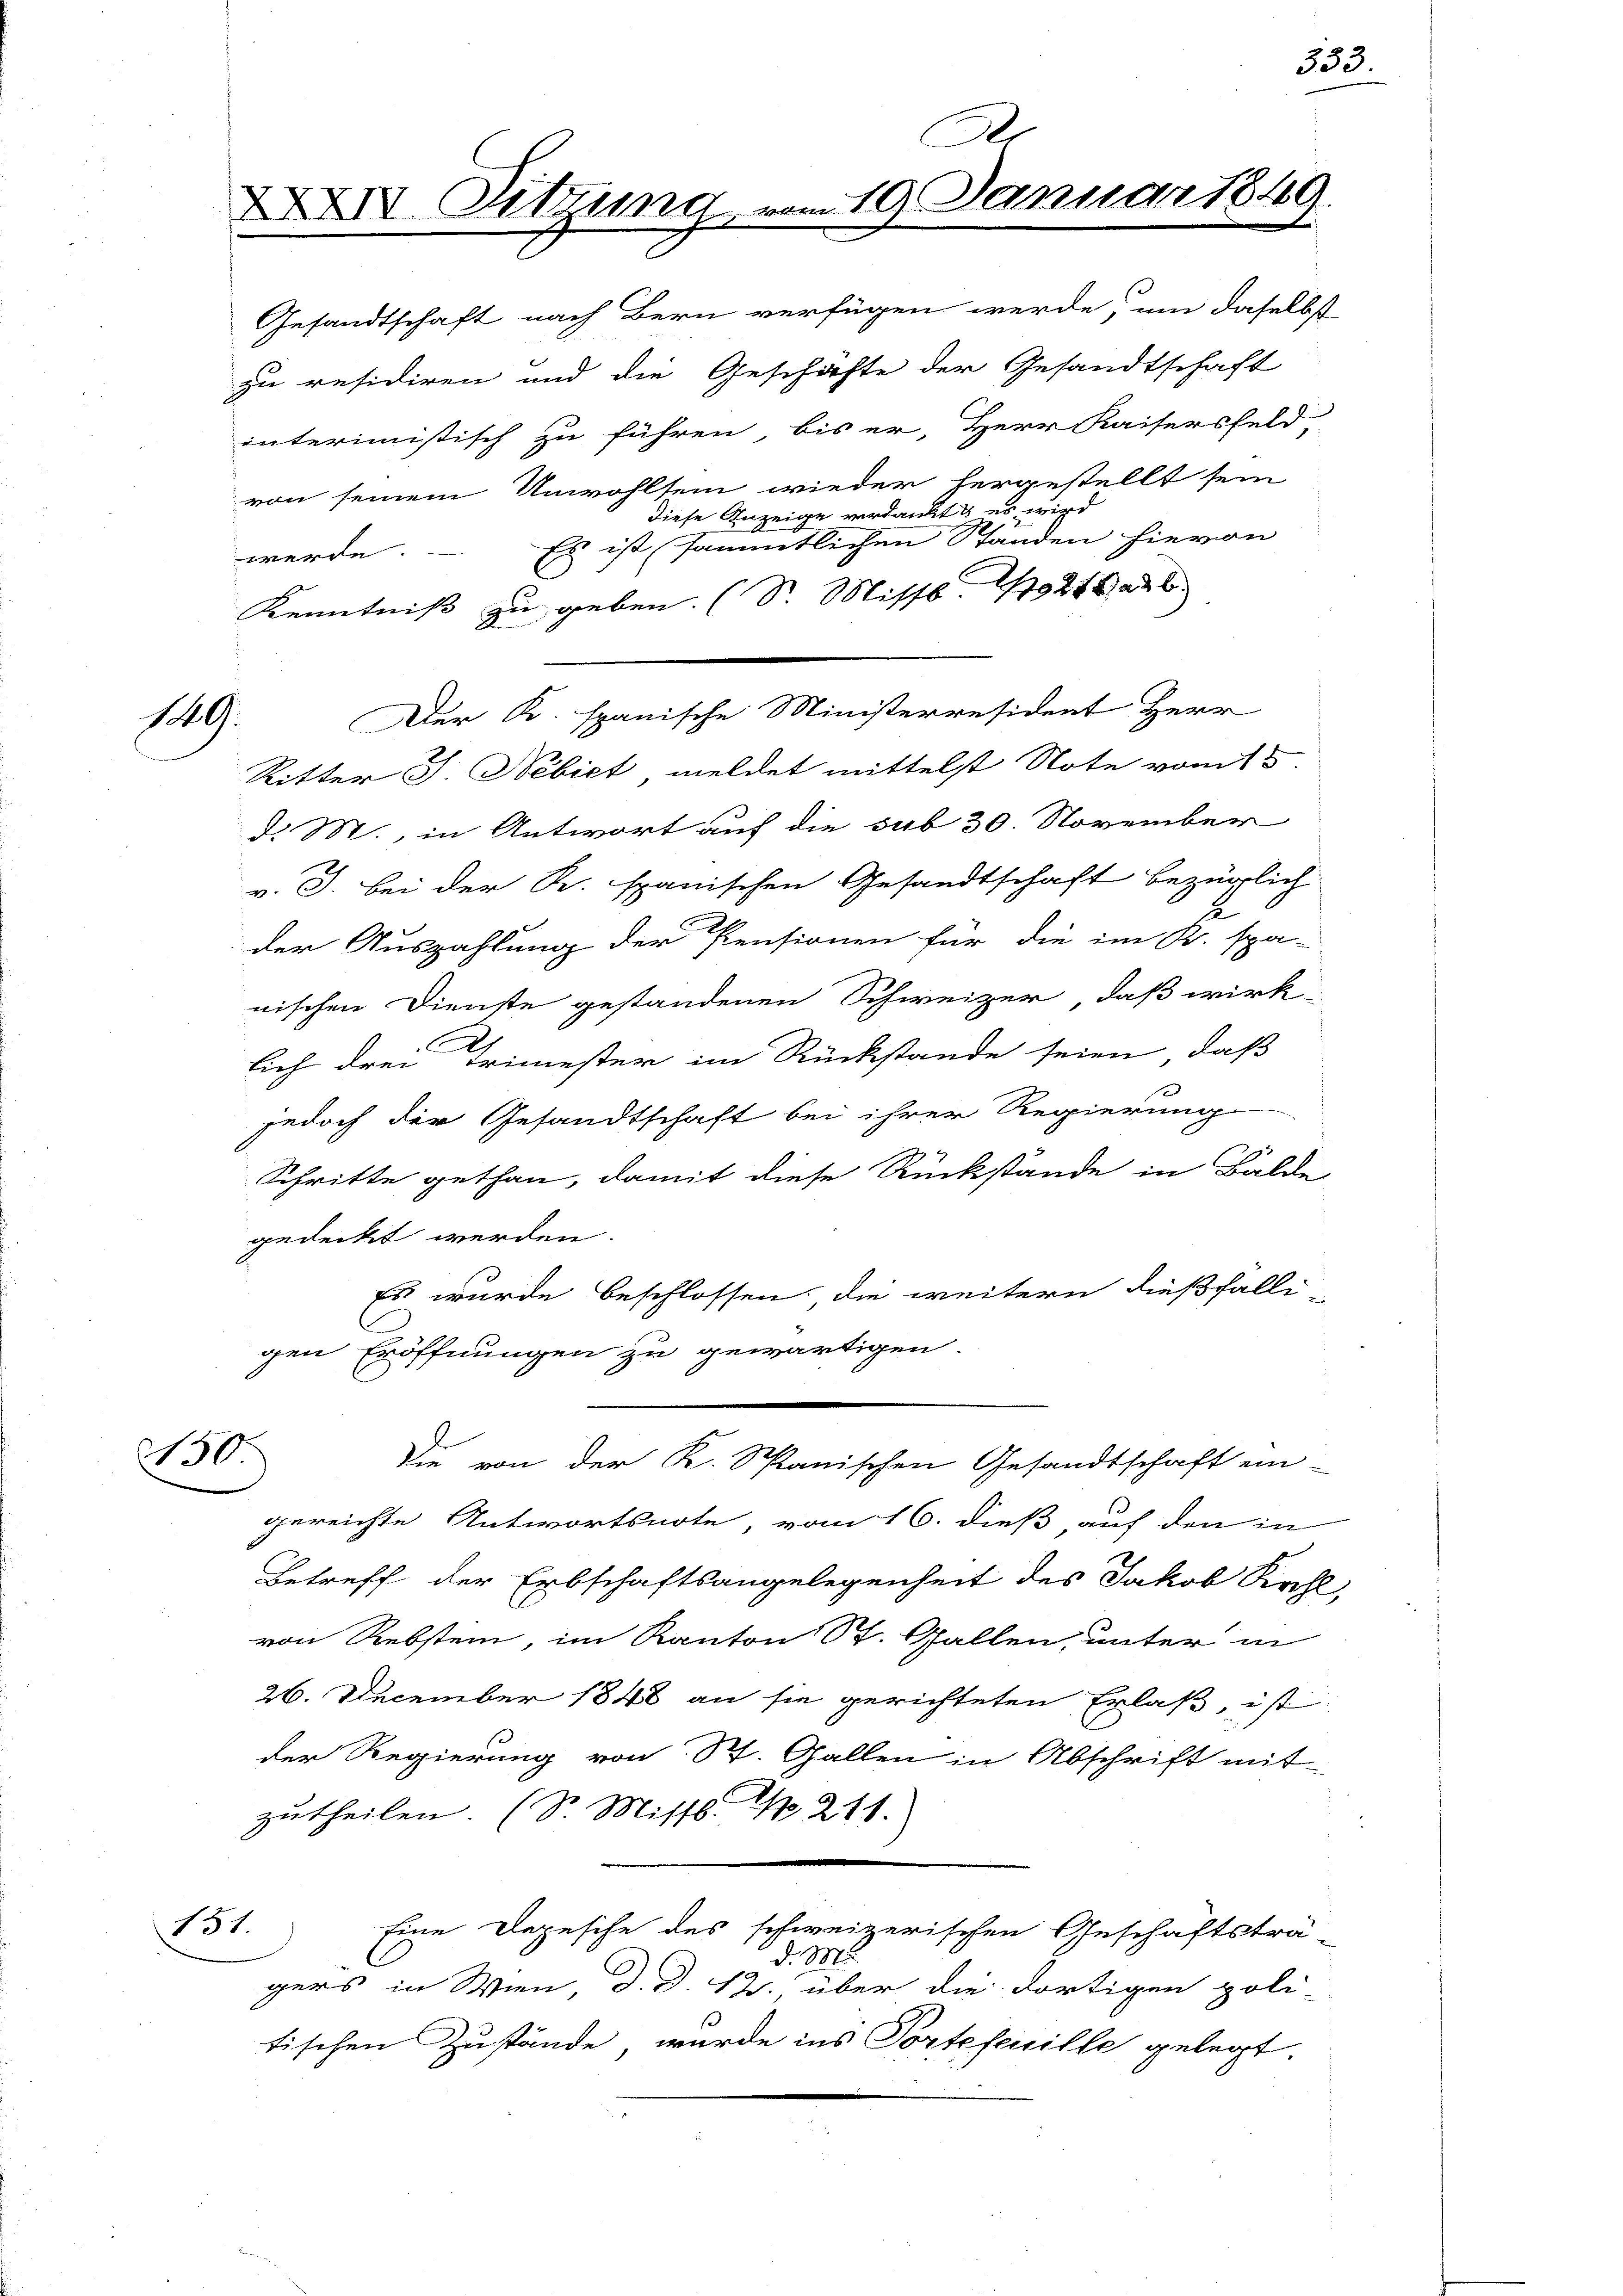
149.

Ar
XXIV. Sitzung vom 19. Januar 1849.

Gesandtschaft nach Bern verfügen werde, um daselbst
zu residiren und die Geschäfte der Gesandtschaft
interimistisch zu führen, bis er, Herr Kaisersfeld,
von seinem Unwohlsein wieder hergestellt sein
diese Anzeige verdankt es
Es ist sämmtlichen Ständen hievon
werde.
Kenntniß zu geben. (S. Missb. 11921 ab
Ritter J. Nebiet, meldet mittelst Note vom 15.
d. M., in Antwort auf die sub 30. November
v. J. bei der R. spanischen Gesandtschaft bezüglich
2
der Auszahlung der Pensionen für die im K. spa-
nischen Dienste gestandenen Schweizer, daß wirk-
lich drei Trimester im Rückstande seien, daß
jedoch der Gesandtschaft bei ihrer Regierung
Schritte gethan, damit diese Rückstände in Balde
gedeckt werden.
Es wurde beschlossen, die weitern dießfalle
h
gen Eröffnungen zu gewärtigen
d
30.
die von der K. Spanischen Gesandtschaft ein-
gereichte Antwortsnote, vom 16. dieß auf den in
Betreff der Erbschaftsangelegenheit des Jakob Krz
von Rebsten, im Kanton St. Gallen, unter in
26. December 1848 an sie gerichteten Erlaß, ist
der Regierung von St. Gallen in Abschrift mit
zutheilen. (S. Mitts. No. 211.
151.
Eine Depesche des schweizerischen Geschäftsträd. M
gers in Wien, d. d. 12. über die dortigen poli-
tischen Zustände, wurde ins Portefeuille gelegt.

Der K. spanische Ministerresident Herr

353.